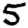
Digit: 5